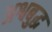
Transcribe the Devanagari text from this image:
अश्वबुद्ध